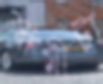
স্বামীটা